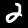
Digit: 2